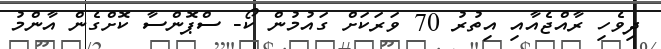
ދިވެހި ރާއްޖެއާއި އިތުރު 70 ވަރަކަށް ގައުމުން ކޯ- ސްޕޮންސާ ކޮށްގެން އާންމު